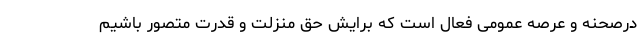
درصحنه و عرصه عمومی فعال است که برایش حق منزلت و قدرت متصور باشیم